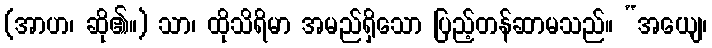
(အာဟ၊ ဆို၏။) သာ၊ ထိုသိရိမာ အမည်ရှိသော ပြည့်တန်ဆာမသည်။ “အယျေ၊